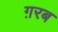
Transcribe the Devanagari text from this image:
ग़रब